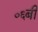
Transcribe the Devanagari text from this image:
०६बी